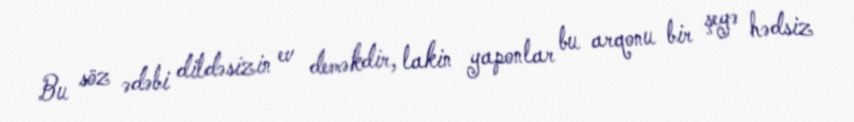
Bu söz ədəbi dildəsizin ev deməkdir, lakin yaponlar bu arqonu bir şeyə hədsiz